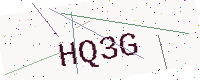
Text: HQ3G